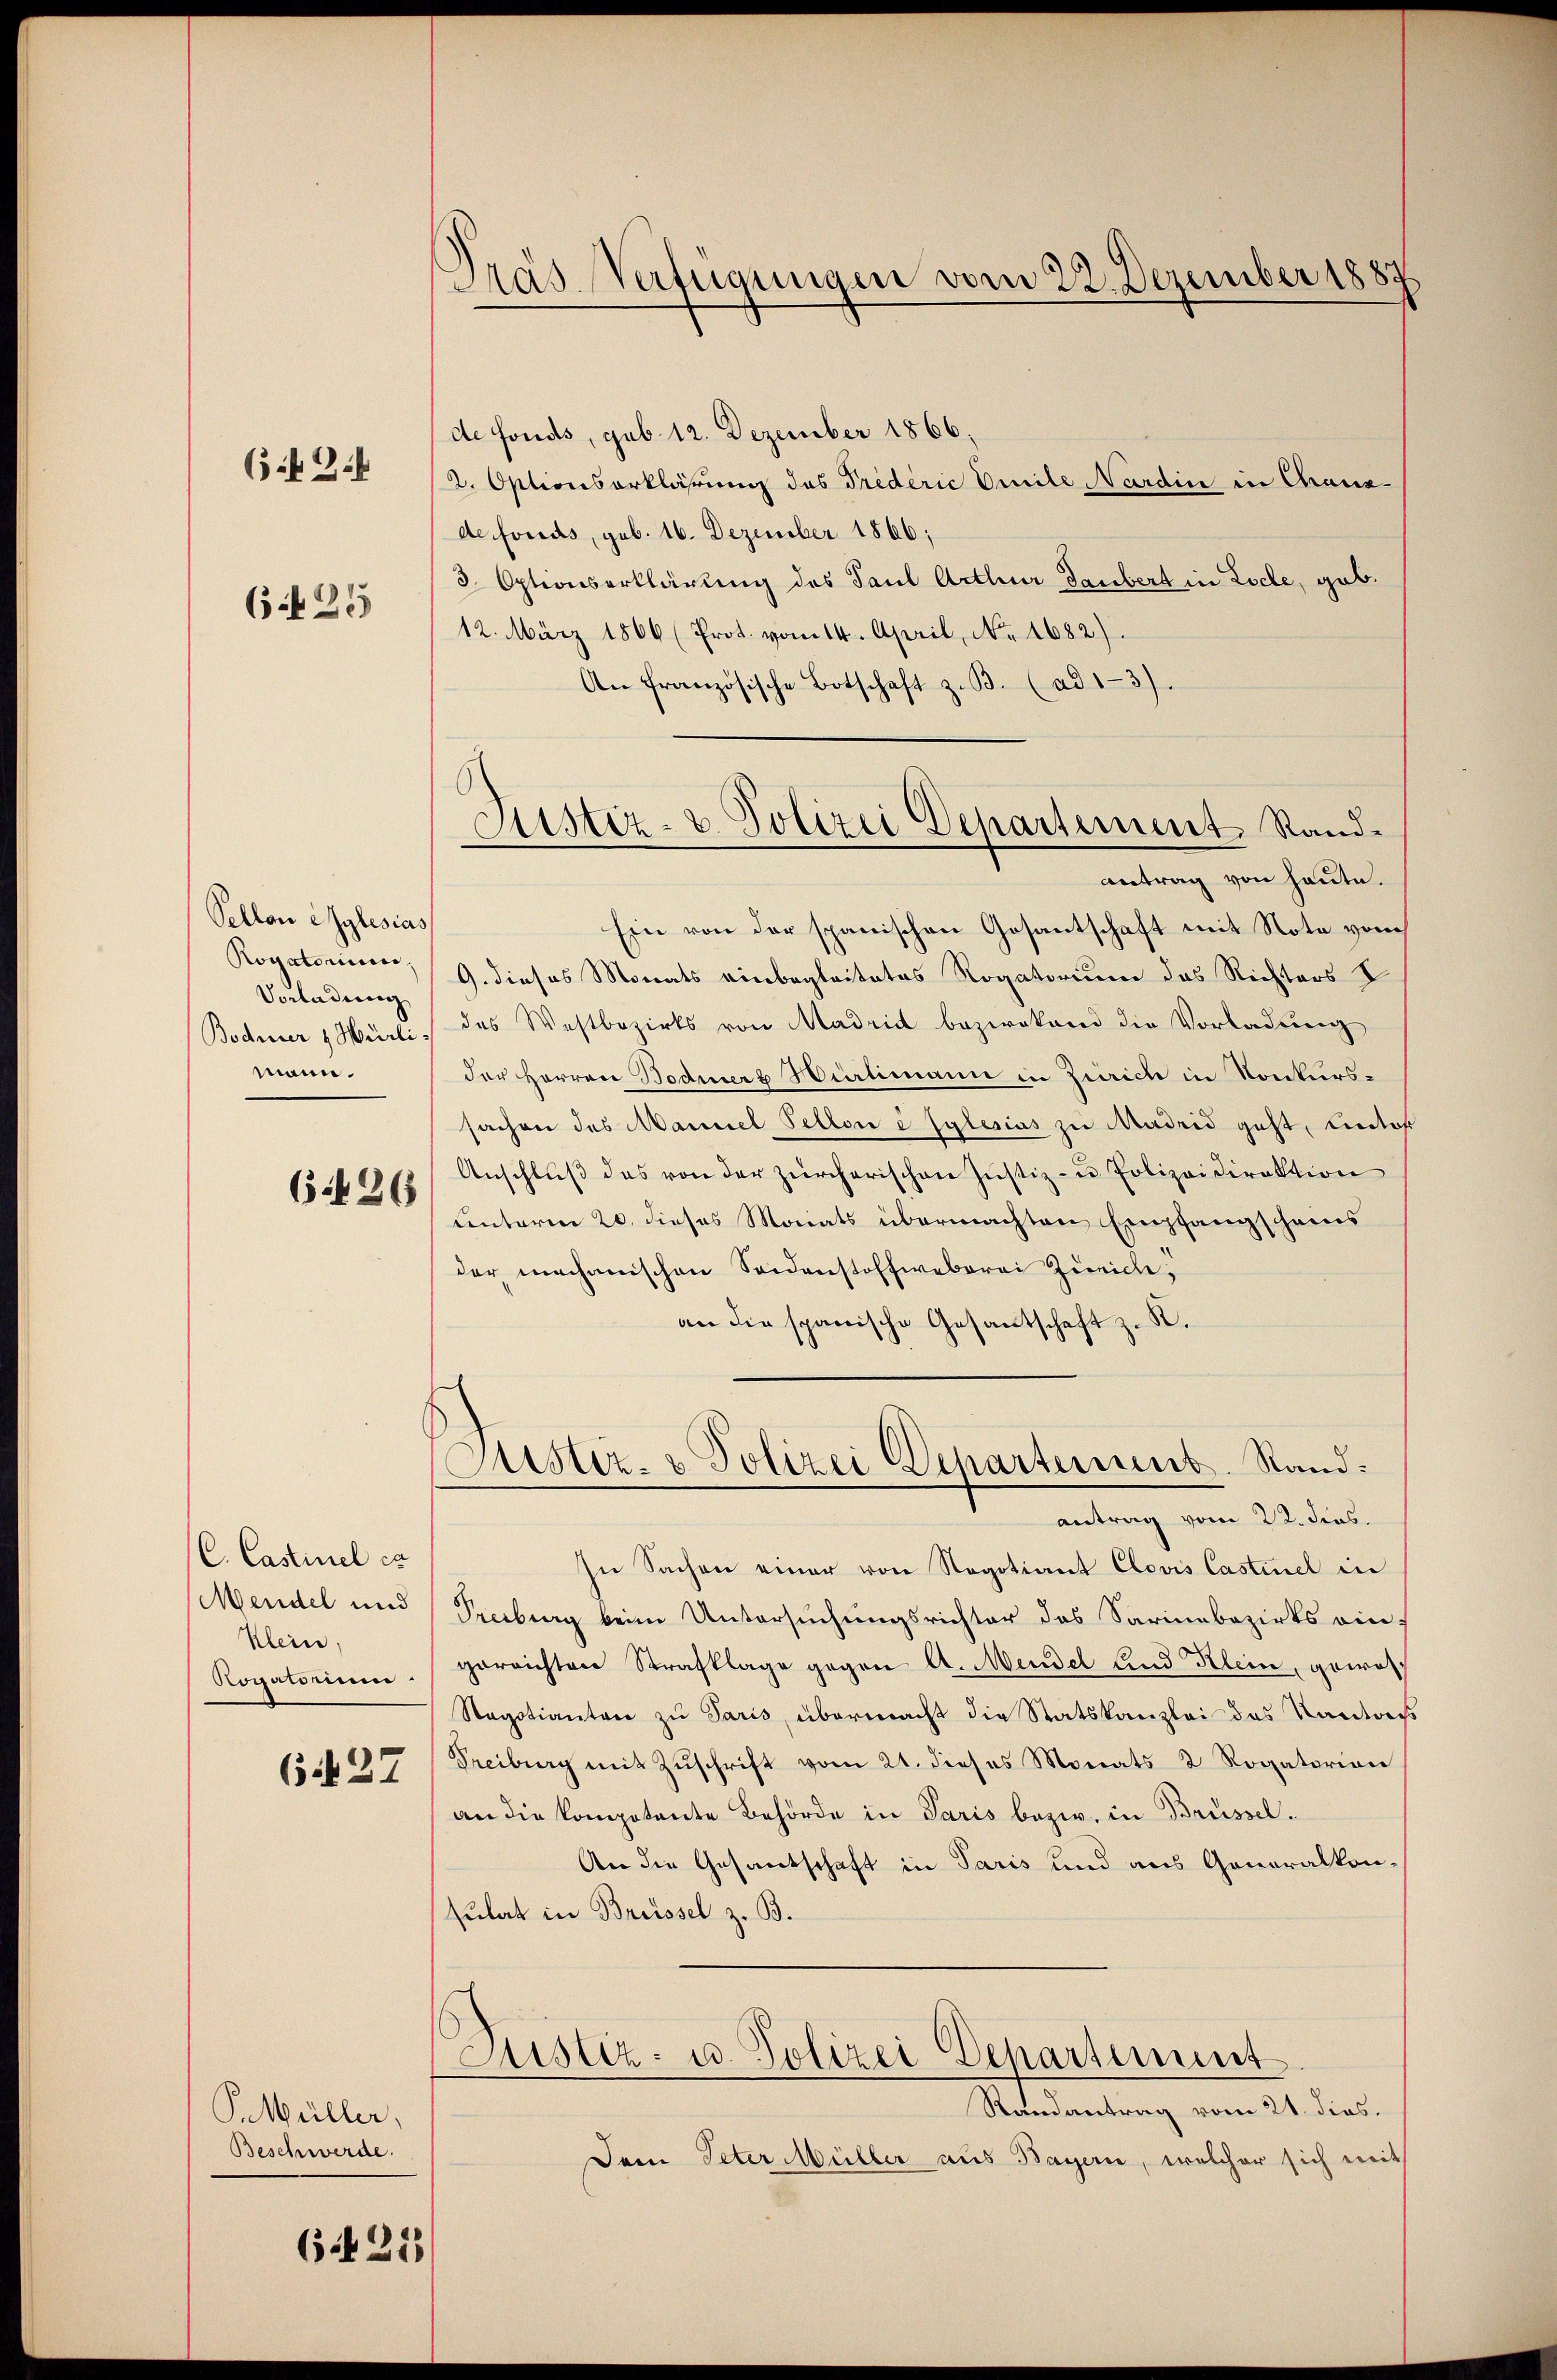
6434

6425

Pellon lylesias
Rogatorium.
Vorladung
Bodmer & Hürli
mann.

6426

C. Castinel ca
Mendel und
Klein,
Rogatorium.

6.427

PMüller,
Beschwerde.

6.421

Pras-Verfügungen vom 22. Dezember 1889

Astiz- u. Polizei Departement Rand¬

de fonds, sub. 12. Dezember 1866.
2. Optionserklährung des Prederić Omile Nardin in Chaus-
de fonds, geb. 16. Dezember 1866;
3. Optionserklärung des Paul Arthur Taubert in Loche, gab.
12. März 1866 (Prot. vom 14. April, No. 1682).
An französische Botschaft z. B. (ad13).
antrag von heute.
Ein von der spanischen Gesantschaft mit Note vom
9. dieses Monats einbegleitetes Rogatorium das Rechters I
des Westbezirks von Madrid bezirkend die Vorladung
der Herren Bodmerz Hürlimann in Zürich in Konkurssachen des Mannel Fellon e sylesias zu Madrid geht, Autor
Anschluß das von der zürcherischen Justiz- u Polizeidirektion
unterm 20. dieses Monats übermachten Empfangscheins
der mechanischen Seidenstoffweberei Zweide,
an die spanische Gesantschaft z. B.
Fister- & Polizei Departement. Stand:
antrag vom 22. dies.
In Sachen einer von Negotiant Clovis Castinel in
Prerburg beim Untersuchungsrichter das Sarinabezirks ein
gerrichten Strafklage gegen A. Mende und Klein, gewor¬
Stagotianten zu Paris, übermacht die Statskanzlei das Kantrags
Treiburg mit Zŭschrift vom 21. dieses Monats 2 Rogatorien
an die kompetente Behörde in Paris bezw. in Brüssel¬
An die Gesantschaft in Paris und aus Generalkonsulat in Brüssel z. B.
Justiz- u. Polizei Departiment
Randantrag vom 21. dies
Dem Peter Müller aus Bayern, welcher sich mit